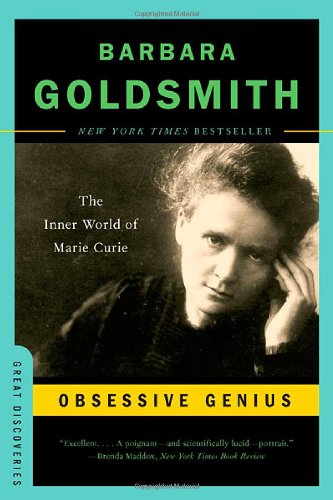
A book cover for Obsessive Genius: The Inner World of Marie Curie (Great Discoveries); Barbara Goldsmith; Science & Math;